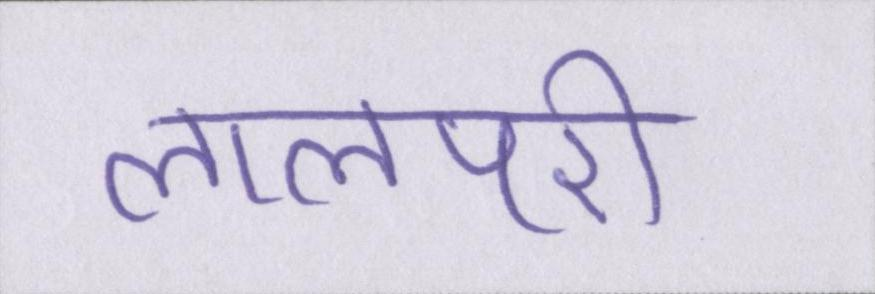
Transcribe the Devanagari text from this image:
लालपरी